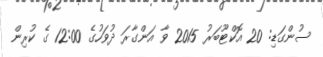
ސުންގަޑި: 20 އޮކްޓޫބަރު 2015 ވާ އަންގާރަ ދުވަހުގެ 12:00 ގެ ކުރިން